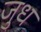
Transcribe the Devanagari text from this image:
जुध